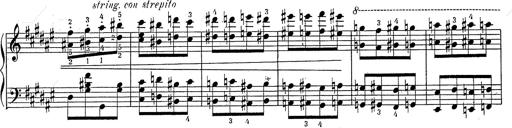
Title: Hungarian Rhapsody No.2
Composer: Franz Liszt
Key: C-sharp minor